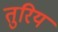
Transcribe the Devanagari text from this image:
तुरिय